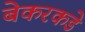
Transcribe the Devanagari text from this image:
बेकरकडे